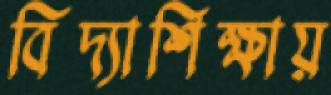
বিদ্যাশিক্ষায়